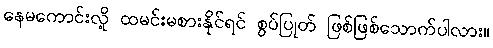
နေမကောင်းလို့ ထမင်းမစားနိုင်ရင် စွပ်ပြုတ် ဖြစ်ဖြစ်သောက်ပါလား။